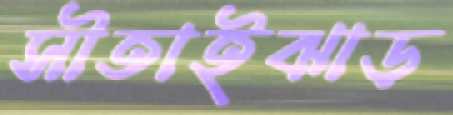
সীতাইঝাড়